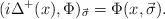
LaTeX: \begin{align*}(i \Delta^{+}(x), \Phi)_{\vec{\sigma}} = \Phi(x, \vec{\sigma}).\end{align*}